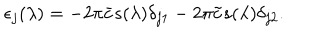
LaTeX: \epsilon _ { j } ( \lambda ) = - 2 \pi \bar { c } s ( \lambda ) \delta _ { j 1 } - 2 \pi \tilde { c } s ( \lambda ) \delta _ { j 2 } .